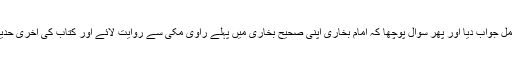
شیخ محمد یوسف قصوری حفظہ اللہ نے مکمل جواب دیا اور پھر سوال پوچھا کہ امام بخاری اپنی صحیح بخاری میں پہلے راوی مکی سے روایت لائے اور کتاب کی آخری حدیث مدنی راوی سے کیوں روایت لائے ہیں ؟